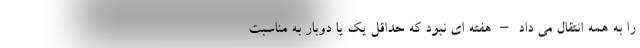
را به همه انتقال می داد – هفته ای نبود که حداقل یک یا دوبار به مناسبت